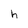
Character: h